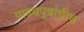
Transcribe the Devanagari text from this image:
पांडवपुत्रांचीच